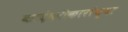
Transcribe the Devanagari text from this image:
कादंबरीकारांच्या